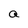
Character: a